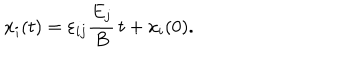
x _ { i } ( t ) = \varepsilon _ { i j } \frac { E _ { j } } { B } \, t + x _ { i } ( 0 ) .